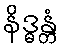
နိဒ္ဓန္တံ